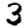
Digit: 3